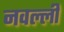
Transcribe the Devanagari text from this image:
नवल्ली